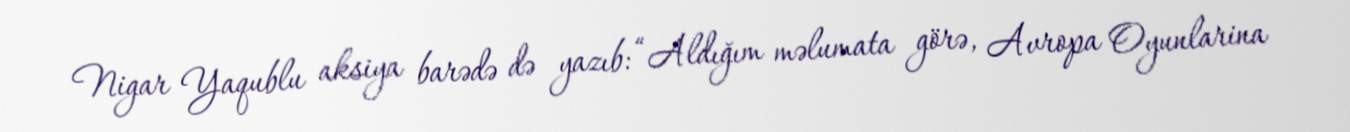
Nigar Yaqublu aksiya barədə də yazıb: “Aldığım məlumata görə, Avropa Oyunlarina